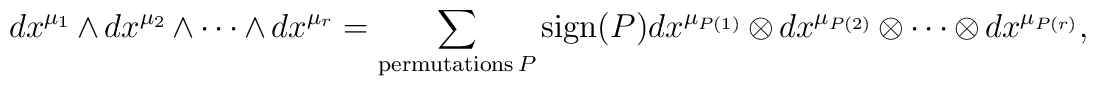
dx^{\mu_{1}} \wedge dx^{\mu_{2}}\wedge \cdots \wedge dx^{\mu_{r}}  = \sum_{ \mbox{{\scriptsize permutations}}\, P} \mbox{sign}(P) dx^{\mu_{P(1)}}\otimes dx^{\mu_{P(2)}} \otimes \cdots \otimes dx^{\mu_{P(r)}},